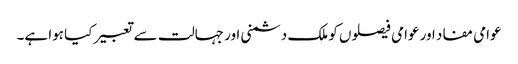
عوامی مفاد اور عوامی فیصلوں کو ملک دشمنی اور جہالت سے تعبیر کیا ہوا ہے۔